Vaccination Hyderabad 1872-1889 - 1872-1889
Year: 1872
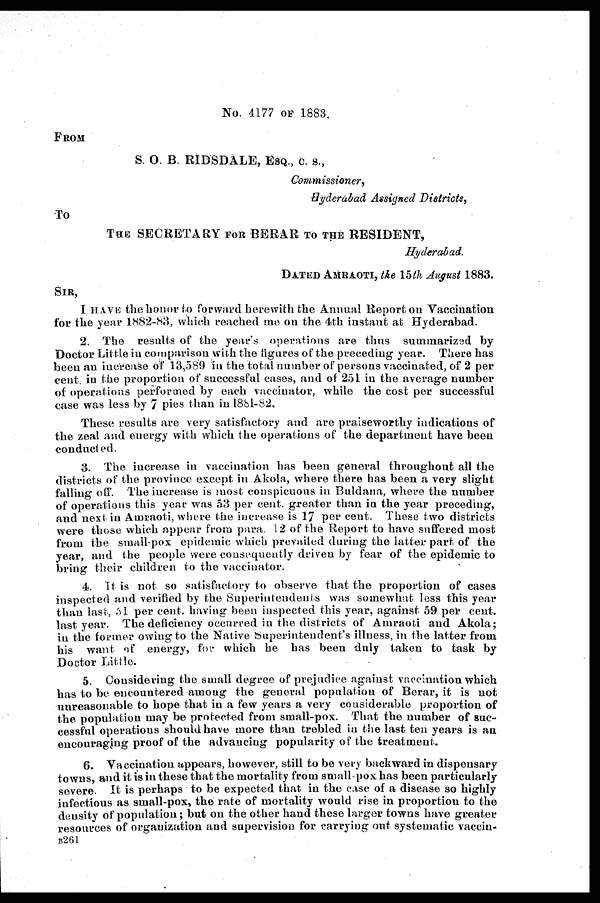
No. 4177 OF 1883.
FROM
S. O. B. RIDSDALE, ESQ, C. S.,
Commissioner,
Hyderabad Assigned Districts,
To
THE SECRETARY FOR BERAR TO THE RESIDENT,
Hyderabad.
DATED AMRAOTI, the 15th August 1883.
SIR,
I HAVE the honor to forward herewith the Annual Report on Vaccination
for the year 1882-83, which reached me on the 4th instant at Hyderabad.
2. The results of the year's operations are thus summarized by
Doctor Little in comparison with the figures of the preceding year. There has
been an increase of 13,589 in the total number of persons vaccinated, of 2 per
cent. in the proportion of successful cases, and of 251 in the average number
of operations performed by each vaccinator, while the cost per successful
case was less by 7 pies than in 1881-82.
These results are very satisfactory and are praiseworthy indications of
the zeal and energy with which the operations of the department have been
conducted.
3. The increase in vaccination has been general throughout all the
districts of the province except in Akola, where there has been a very slight
falling off. The increase is most conspicuous in Buldana, where the number
of operations this year was 53 per cent. greater than in the year preceding,
and next in Amraoti, where the increase is 17 per cent. These two districts
were those which appear from para. 12 of the Report to have suffered most
from the small-pox epidemic which prevailed during the latter part of the
year, and the people were consequently driven by fear of the epidemic to
bring their children to the vaccinator.
4. It is not so satisfactory to observe that the proportion of cases
inspected and verified by the Superintendents was somewhat less this year
than last, 51 per cent. having been inspected this year, against 59 per cent.
last year. The deficiency occurred in the districts of Amraoti and Akola;
in the former owing to the Native Superintendent's illness, in the latter from
his want of energy, for which he has been duly taken to task by
Doctor Little.
5. Considering the small degree of prejudice against vaccination which
has to be encountered among the general population of Berar, it is not
unreasonable to hope that in a few years a very considerable proportion of
the population may be protected from small-pox. That the number of suc-
cessful operations should have more than trebled in the last ten years is an
encouraging proof of the advancing popularity of the treatment.
6. Vaccination appears, however, still to be very backward in dispensary
towns, and it is in these that the mortality from small-pox has been particularly
severe. It is perhaps to be expected that in the case of a disease so highly
infectious as small-pox, the rate of mortality would rise in proportion to the
density of population; but on the other hand these larger towns have greater
resources of organization and supervision for carrying out systematic vaccin-
B261